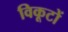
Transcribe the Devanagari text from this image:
विकूटों